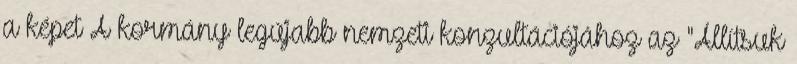
a képet A kormány legújabb nemzeti konzultációjához az "Állítsuk